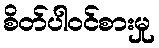
စိတ်ပါဝင်စားမှု